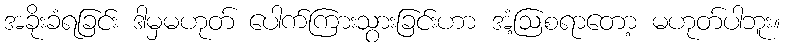
အခိုးခံရခြင်း ဒါမှမဟုတ် ပေါက်ကြားသွားခြင်းဟာ အံ့ဩစရာတော့ မဟုတ်ပါဘူး။